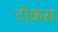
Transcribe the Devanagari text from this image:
टोकंस